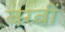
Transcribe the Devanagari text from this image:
बरवीं